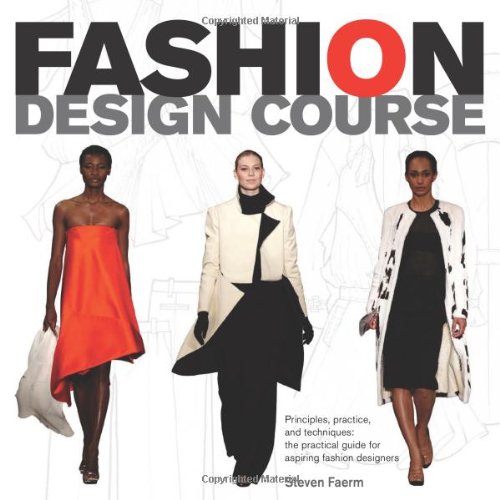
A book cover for Fashion Design Course: Principles, Practice, and Techniques: A Practical Guide for Aspiring Fashion Designers; Steven Faerm; Arts & Photography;